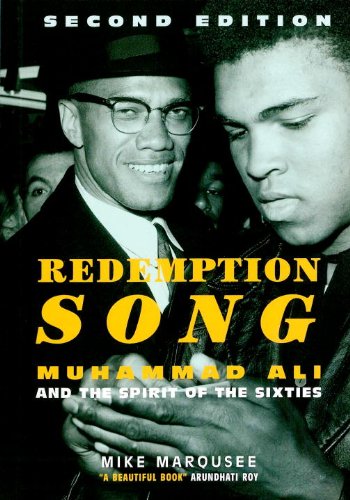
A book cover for Redemption Song: Muhammad Ali and the Spirit of the Sixties; Mike Marqusee; Biographies & Memoirs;